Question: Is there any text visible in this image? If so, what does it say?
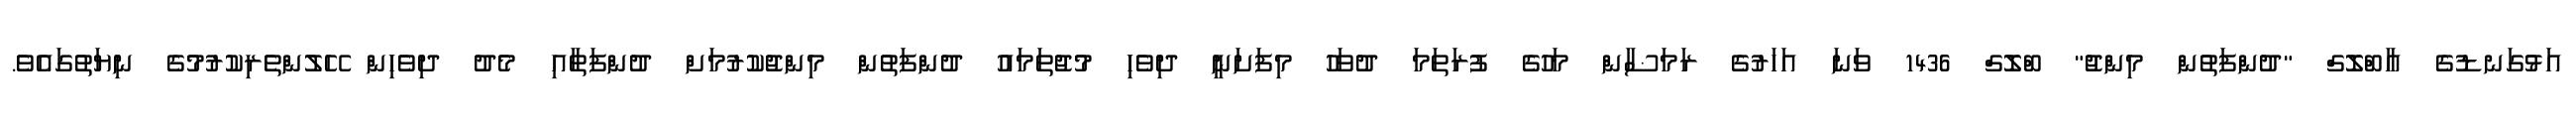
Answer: އަޅުގަނޑުގެ އާބްލޮގް "ދުންފަތުން މިންޖު" ބްލޮގް 1436 ވަނަ އަހަރުގެ ރަމަޟާން މަހުގެ ފުރަތަމަ ދުވަހު މިފަށަނީ ދިވެހި މުޖުތަމައު ދުންފަތުން މިންޖުކުރުމަށް ދުންފަތާއި މެދު ދިވެހިން ހޭލުންތެރިކުރުމުގެ ނިޔަތުގައެވެ.